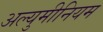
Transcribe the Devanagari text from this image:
अल्युमीनियम